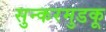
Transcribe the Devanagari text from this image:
सुन्करमुडकू